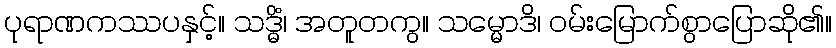
ပုရာဏကဿပနှင့်။ သဒ္ဓိံ၊ အတူတကွ။ သမ္မောဒိ၊ ဝမ်းမြောက်စွာပြောဆို၏။